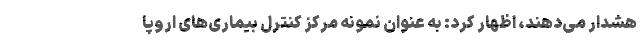
هشدار می‌دهند، اظهار کرد: به عنوان نمونه مرکز کنترل بیماری‌های اروپا